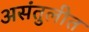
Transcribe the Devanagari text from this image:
असंतुलीत